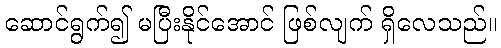
ဆောင်ရွက်၍ မပြီးနိုင်အောင် ဖြစ်လျက် ရှိလေသည်။